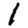
Digit: 1